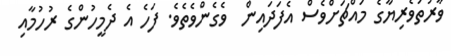
ވާރުތަވެރިޔާގެ މައްޗަށްވެސް އެފަދައިން  ވެގެންވެތެވެ. ފަހެ އެ ދެމީހުންގެ ރުހުމާއި